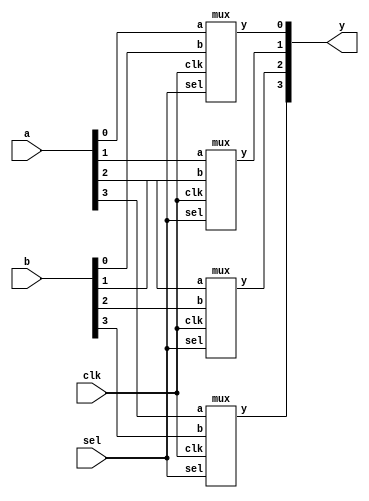
module mux8(a,b,sel,clk,y);
	input [3:0] a;
	input [3:0] b;
	input clk,sel;
	output [3:0] y;

	mux t1(a[0],b[0],sel,clk,y[0]);
	mux t2(a[1],b[1],sel,clk,y[1]);
	mux t3(a[2],b[2],sel,clk,y[2]);
	mux t4(a[3],b[3],sel,clk,y[3]);

endmodule

module mux(a,b,sel,clk,y);
	input a,b,sel,clk;
	output y;
	reg y;

	initial begin y=0; end

	always @(posedge clk) 
	begin
		y = (!sel&a)|(sel&b);
	end
endmodule

module stimulus();
	reg [3:0] a;
	reg [3:0] b;
	reg clk,sel;
	wire [3:0] y;

	mux8 test(a,b,sel,clk,y);

	initial
	begin
		$dumpfile("mux4.vcd");
		$dumpvars;
	end

	initial
	begin
		clk=1'b0;
	end
	always
	begin
		#5 clk=~clk;
	end

	initial 
	begin
		a=4'b0000;
		b=4'b0001;
		

		#5 a=4'b0010;b=4'b0011;sel=0;
		#5 a=4'b0010;b=4'b0011;sel=1;

		#20 a=4'b0100;b=4'b0111;sel=0;

		#20 a=4'b0100;b=4'b0111;sel=1;

		#40 a=4'b0000;b=4'b1111;sel=0;
		#40 a=4'b0000;b=4'b1111;sel=1;

		#60 a=4'b0001;b=4'b1110;sel=0;
		#60 a=4'b0001;b=4'b1110;sel=1;
		$finish;
	end

	initial
	begin
		$monitor($time, "The output is %b", y);

	end

endmodule